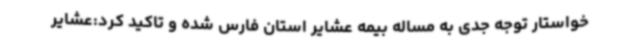
خواستار توجه جدی به مساله بیمه عشایر استان فارس شده و تاکید کرد:عشایر